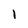
Character: 1